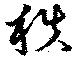
秩